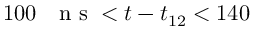
1 0 0 \mathrm { ~ ~ ~ n ~ s ~ } < t - t _ { 1 2 } < 1 4 0